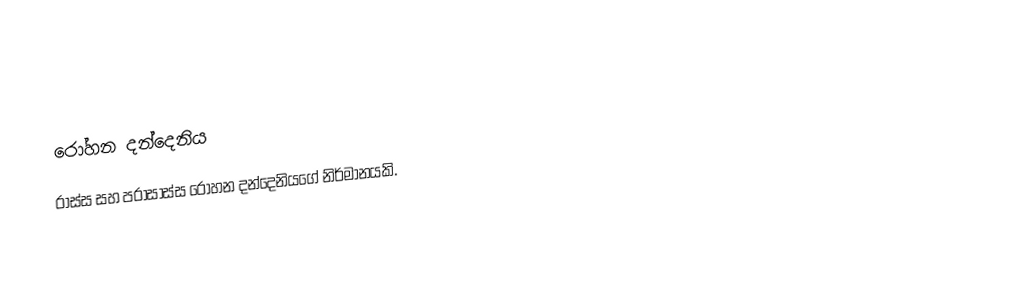

රෝහන දන්දෙනිය
රාස්ස සහ පරාසාස්ස රෝහන දන්දෙනියගේ නිර්මානයකි.